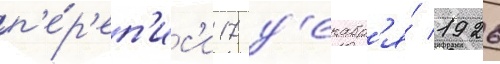
п'е́р'еп'ис'и 17 д'екабр'я́ 1926